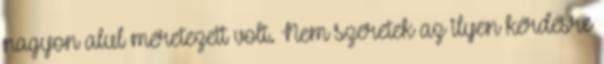
nagyon alul méretezett volt. Nem szeretek az ilyen kérdésre